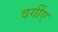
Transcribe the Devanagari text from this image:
वर्गीए